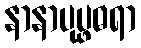
နာနာပုပ္ဖဓရာ